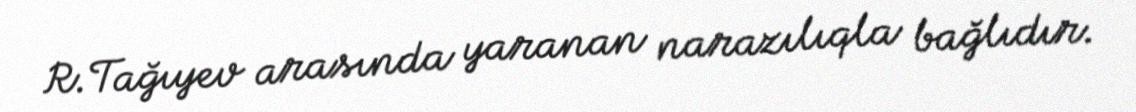
R.Tağıyev arasında yaranan narazılıqla bağlıdır.